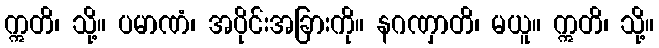
ဣတိ၊ သို့။ ပမာဏံ၊ အပိုင်းအခြားကို။ နဂဏှာတိ၊ မယူ။ ဣတိ၊ သို့။